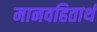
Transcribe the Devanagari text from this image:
मानवहितार्थ